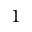
1